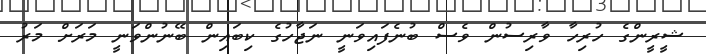
ޝީރީންގެ ހުރިހާ ވާރިސުން ވެސް ބުނެފައިވަނީ ނަޖާހުގެ ކިބައިން ބޭނުންވަނީ މަރަށް މަރު